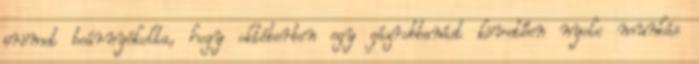
örömet beárnyékolta, hogy októberben egy gázrobbanást követően nyolc munkás